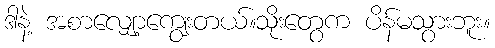
ဒါနဲ့ အစာလျှော့ကျွေးတယ်။သိုးတွေက ပိန်မသွားဘူး။